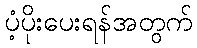
ပံ့ပိုးပေးရန်အတွက်